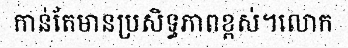
កាន់តែមានប្រសិទ្ធភាពខ្ពស់។លោក